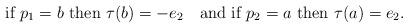
LaTeX: \begin{align*}\mbox{if } p_1=b \mbox{ then } \tau(b)= -e_2 \ \ \mbox{ and if } p_2=a \mbox{ then } \tau(a)= e_2. \end{align*}